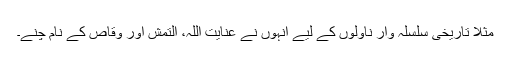
مثلاً تاریخی سلسلہ وار ناولوں کے لیے انہوں نے عنایت اللہ، التمش اور وقاص کے نام چنے۔